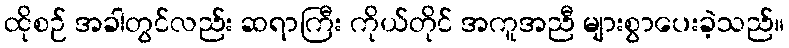
ထိုစဉ် အခါတွင်လည်း ဆရာကြီး ကိုယ်တိုင် အကူအညီ များစွာပေးခဲ့သည်။